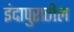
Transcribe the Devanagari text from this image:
इंदापुरातील